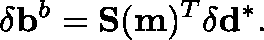
\delta \mathbf { b } ^ { b } = \mathbf { S } ( \mathbf { m } ) ^ { T } \mathbf { \delta } \mathbf { d } ^ { * } .